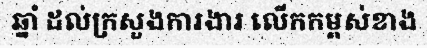
ឆ្នាំ ដល់ក្រសួងការងារ លើកកម្ពស់ខាង